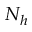
N _ { h }